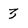
Character: 3